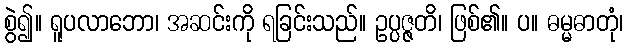
စွဲ၍။ ရူပလာဘော၊ အဆင်းကို ရခြင်းသည်။ ဥပ္ပဇ္ဇတိ၊ ဖြစ်၏။ ပ။ ဓမ္မဓာတုံ၊